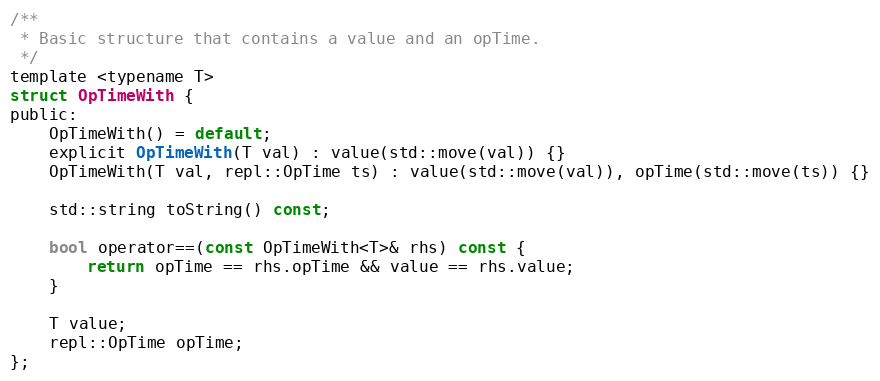
Language: C
/**
 * Basic structure that contains a value and an opTime.
 */
template <typename T>
struct OpTimeWith {
public:
    OpTimeWith() = default;
    explicit OpTimeWith(T val) : value(std::move(val)) {}
    OpTimeWith(T val, repl::OpTime ts) : value(std::move(val)), opTime(std::move(ts)) {}

    std::string toString() const;

    bool operator==(const OpTimeWith<T>& rhs) const {
        return opTime == rhs.opTime && value == rhs.value;
    }

    T value;
    repl::OpTime opTime;
};